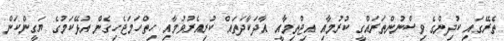
ތެރޭގައި ކުދިންގެ ވިސްނުންތަރައްގީ ކުރުމާއި އިޖްތިމާއީ އާދަކާދަތައް ކުރިއެރުވުމާއި ހިތްހަމަޖެހިގެން އުޅޭކަމުގެ ޔަގީންކަން